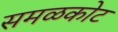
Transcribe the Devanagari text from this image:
समळकोट